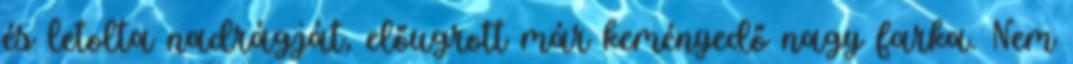
és letolta nadrágját, előugrott már keményedő nagy farka. Nem